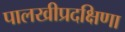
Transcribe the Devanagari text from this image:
पालखीप्रदक्षिणा